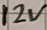
Text: 12V